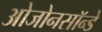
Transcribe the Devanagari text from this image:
ओजोनसॉन्‍डे